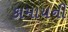
કામાયની